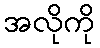
အလိုကို